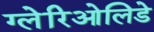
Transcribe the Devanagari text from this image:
ग्लेरिओलिडे